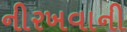
નીરખવાની